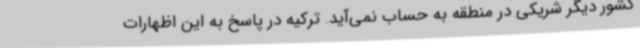
کشور دیگر شریکی در منطقه به حساب نمی‌آید. ترکیه در پاسخ به این اظهارات